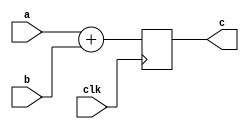


module Add32(
	input wire [31:0] a,
	input wire [31:0] b,
	input wire clk,
	output reg [31:0] c);
	
	
	always @(negedge clk) begin
		c = a + b;
	end
	
endmodule